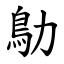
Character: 鳨